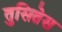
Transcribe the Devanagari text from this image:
तुसितेस